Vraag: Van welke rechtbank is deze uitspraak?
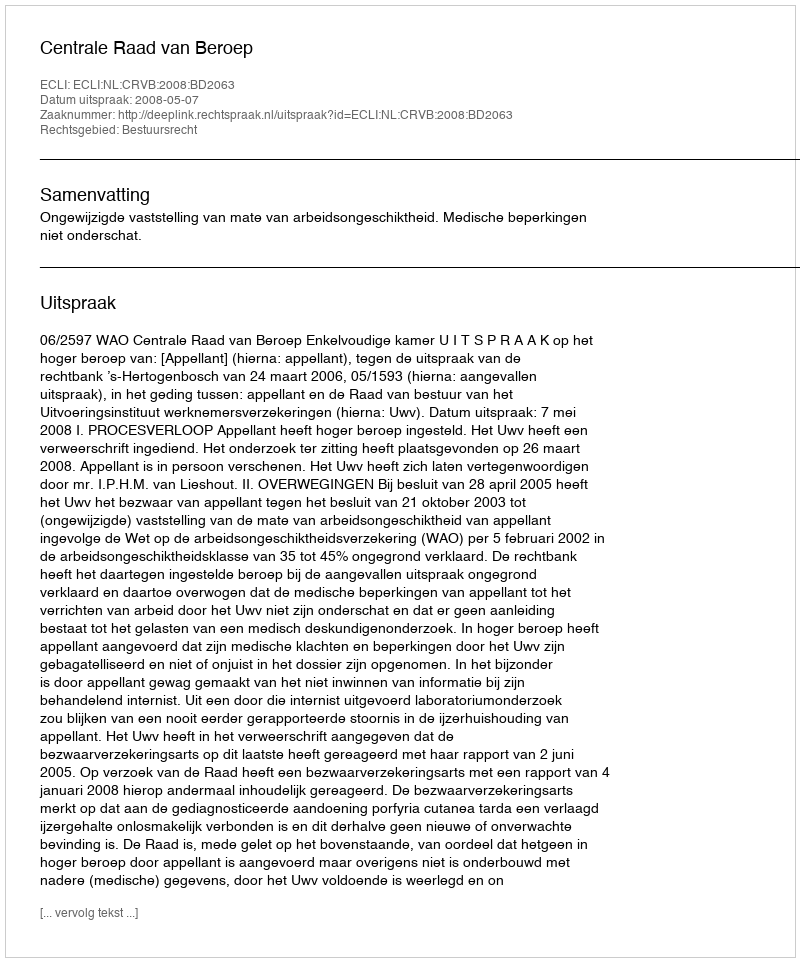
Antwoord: Centrale Raad van Beroep